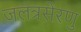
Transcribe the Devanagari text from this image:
जलत्रसेरणु